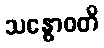
သန္ဓောဝတိ